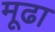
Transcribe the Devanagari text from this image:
मूढा